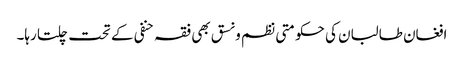
افغان طالبان کی حکومتی نظم و نسق بھی فقہ حنفی کے تحت چلتا رہا۔